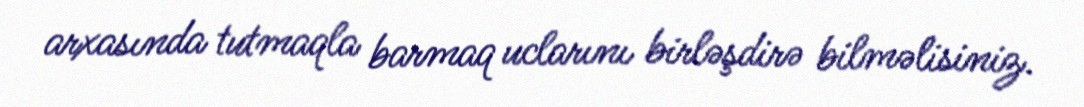
arxasında tutmaqla barmaq uclarını birləşdirə bilməlisiniz.